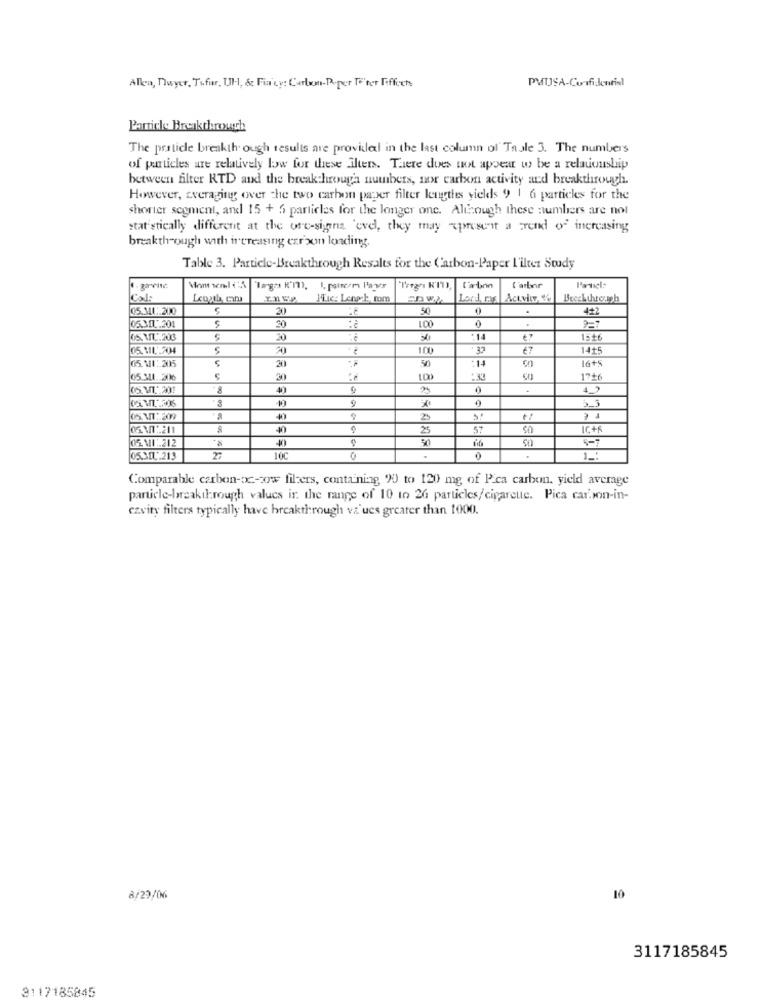
Allen, Dwyer, Tofur, Ul ., & Fia cy: Carlwmn-Poper Te'ter Fiffoch
PMUSA-Confidential
Particle Breakthrough
The praticle breakth. ough results are provilal in the last column of" Table 3. The numbers
of particles are relatively low for these ilten. There does not appear w be a relationship
between filter RTD and the breakthrough numbers, nor carbon activity and breakthrough.
However, averaging over the two carbon paper filter lengthes yields 9 1 6 particles for the
shorter segment, and 15 + 6 particles for the longer one. Although these numbers are not
statistically different at the ore-signa eve, they may supresent a friend of increasing
breakthrough with increasing carson loading.
Table 3. Particle-Breakthrough Resalts for the Carbon-Paper I'ilter Study
langes K'm.
"Trega K'IT),
Carbon
l'arbor
l'article
Cal:
Mic: Lengst, mm
Lord, mas Activity e
05.341: 200
20
50
.
4+2
9=7
05.3.1.201
30
.
05.MIL.200
20
15+6
05.111.2204
1.00
37
€7
1415
16+s
05.111: 205
20
50
:14
90
05.311.306
30
1726
05.11 .. 201
40
0
05.1:209
06.312.211
25
57
IC+R
40
50
5 - 7
05.31L.213
27
10C
1 _:
Comparable carbon-oc-ow filters, containing %) to 120 mg of Pca carbon. yield average
particle-breakthrough values ir. the range of 10 to 26 particles/cigarette. Pica car.son-in-
czvity filters typically have breakthrough va ues greater than 1000.
à/29/06
10
3117185845
3117185845